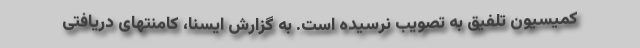
کمیسیون تلفیق به تصویب نرسیده است. به گزارش ایسنا، کامنتهای دریافتی